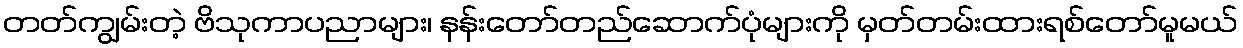
တတ်ကျွမ်းတဲ့ ဗိသုကာပညာများ၊ နန်းတော်တည်ဆောက်ပုံများကို မှတ်တမ်းထားရစ်တော်မူမယ်